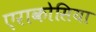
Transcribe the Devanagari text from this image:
एराकोसिया